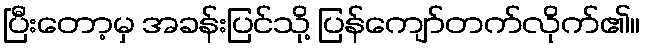
ပြီးတော့မှ အခန်းပြင်သို့ ပြန်ကျော်တက်လိုက်၏။